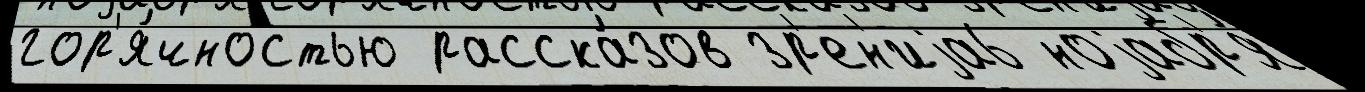
гор'я́чностью расска́зов зр'ен'иjа6 ноjабр'я́